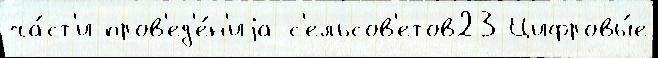
ча́ст'и пров'ед'е́н'иjа с'ельсов'етов23 Цифровы́е